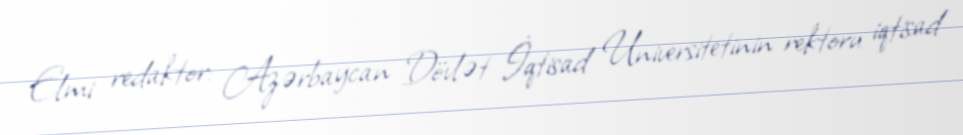
Elmi redaktor: Azərbaycan Dövlət İqtisad Universitetinin rektoru iqtisad